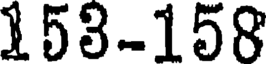
153-158